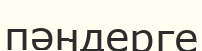
пәндерге